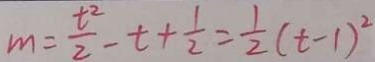
m = \frac { t ^ { 2 } } { 2 } - t + \frac { 1 } { 2 } = \frac { 1 } { 2 } ( t - 1 ) ^ { 2 }